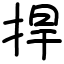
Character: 捍